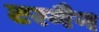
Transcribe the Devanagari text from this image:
टरमैन